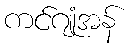
ကင်ဂျုံအန်